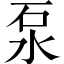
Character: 泵